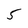
Character: 5